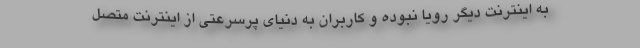
به اینترنت دیگر رویا نبوده و کاربران به دنیای پرسرعتی از اینترنت متصل